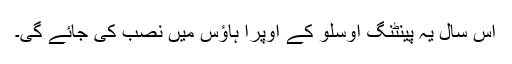
اس سال یہ پینٹنگ اوسلو کے اوپرا ہاؤس میں نصب کی جائے گی۔